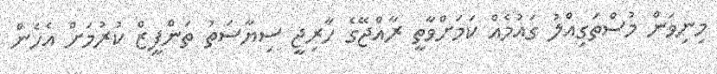
މިނިވަން މުސްތަގިއްލު ގައުމެއް ކަމަށްވާތީ ރާއްޖޭގެ ހާރިޖީ ސިޔާސަތު ތަންފީޒް ކުރުމަށް އެހެން